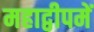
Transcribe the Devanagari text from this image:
महाद्वीपमें